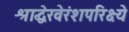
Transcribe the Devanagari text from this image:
श्राद्धेरवेरंशपरिक्ष्ये